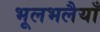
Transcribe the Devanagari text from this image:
भूलभलैयाँ